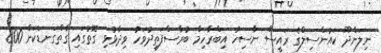
ނިލަންދޫ ކައުންސިލްގެ ރައީސް ނާސިހު އިބްރާހިމް ބުރާސްފަތިދުވަހު ވިދާޅުވި ގޮތުގައި ގާތްގަނޑަކަށް 800